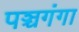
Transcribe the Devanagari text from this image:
पञ्चगंगा